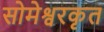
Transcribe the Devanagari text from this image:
सोमेश्वरकृत